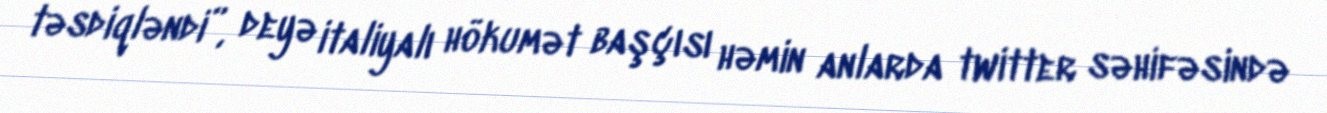
təsdiqləndi”, deyə italiyalı hökumət başçısı həmin anlarda twitter səhifəsində